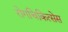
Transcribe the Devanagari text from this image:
रोगचिकित्सेस